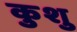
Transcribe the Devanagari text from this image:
कुशु